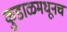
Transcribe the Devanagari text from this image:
कुडाळमधूनच